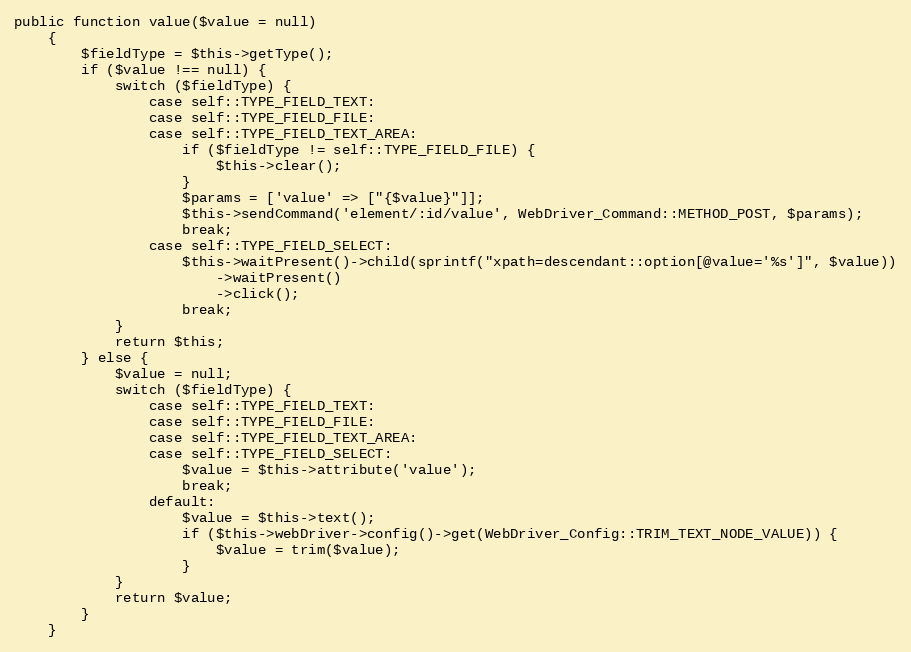
Language: PHP
public function value($value = null)
    {
        $fieldType = $this->getType();
        if ($value !== null) {
            switch ($fieldType) {
                case self::TYPE_FIELD_TEXT:
                case self::TYPE_FIELD_FILE:
                case self::TYPE_FIELD_TEXT_AREA:
                    if ($fieldType != self::TYPE_FIELD_FILE) {
                        $this->clear();
                    }
                    $params = ['value' => ["{$value}"]];
                    $this->sendCommand('element/:id/value', WebDriver_Command::METHOD_POST, $params);
                    break;
                case self::TYPE_FIELD_SELECT:
                    $this->waitPresent()->child(sprintf("xpath=descendant::option[@value='%s']", $value))
                        ->waitPresent()
                        ->click();
                    break;
            }
            return $this;
        } else {
            $value = null;
            switch ($fieldType) {
                case self::TYPE_FIELD_TEXT:
                case self::TYPE_FIELD_FILE:
                case self::TYPE_FIELD_TEXT_AREA:
                case self::TYPE_FIELD_SELECT:
                    $value = $this->attribute('value');
                    break;
                default:
                    $value = $this->text();
                    if ($this->webDriver->config()->get(WebDriver_Config::TRIM_TEXT_NODE_VALUE)) {
                        $value = trim($value);
                    }
            }
            return $value;
        }
    }